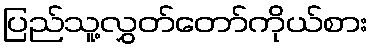
ပြည်သူ့လွှတ်တော်ကိုယ်စား